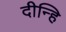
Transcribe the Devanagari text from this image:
दीन्हि